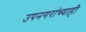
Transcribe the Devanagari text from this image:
उपनगरांच्याही